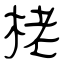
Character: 栳